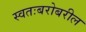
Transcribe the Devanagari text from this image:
स्वतःबरोबरील